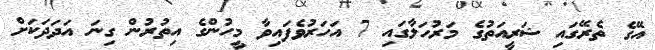
އޭގެ ތެރޭގައި ޝަރީއަތުގެ މަރުހަލާގައި 7 އަހަރުވެފައިވާ މީހުންގެ އިތުރުން ގިނަ އަދަދަކަށް